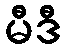
မီဒီ